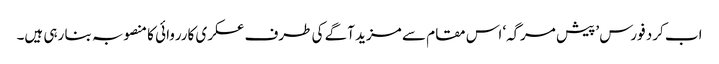
اب کرد فورس ’پیش مرگہ‘ اس مقام سے مزید آگے کی طرف عسکری کارروائی کا منصوبہ بنا رہی ہیں۔